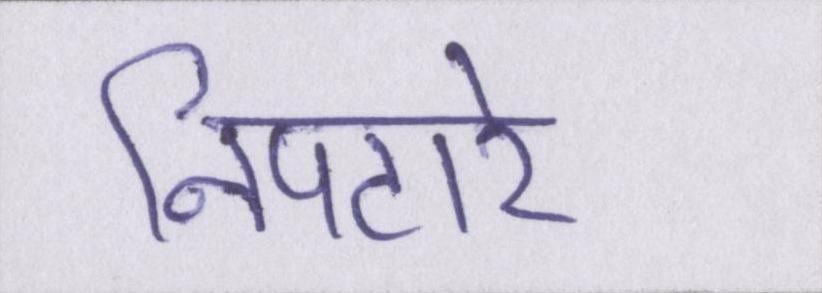
निपटारे